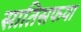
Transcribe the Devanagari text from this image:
सातिसफया